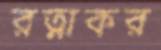
রত্নাকর